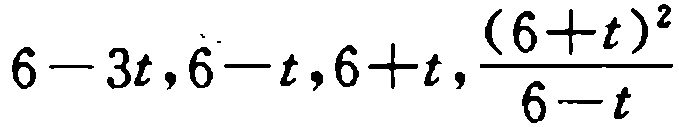
\(6 - 3t,6 - t,6 + t,\frac{(6 + t)^2}{6 - t}\)